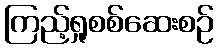
ကြည့်ရှုစစ်ဆေးစဉ်